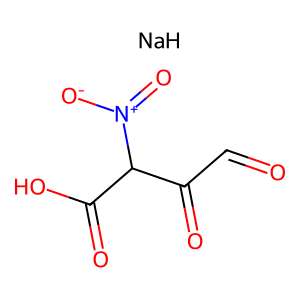
SMILES: O=CC(=O)C(C(=O)O)[N+](=O)[O-].[NaH]
Inhibits HIV replication: No